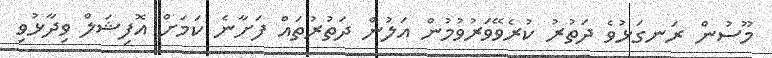
މޫސުން ރަނގަޅުވެ ދަތުރު ކުރެވޭވަރުވުމުން އަލުން ދަތުރުތައް ފަށާނެ ކަމަށް އޮފިޝަލް ވިދާޅުވި